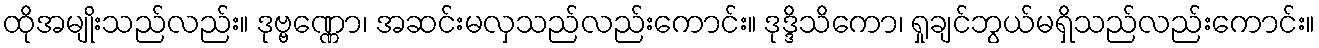
ထိုအမျိုးသည်လည်း။ ဒုဗ္ဗဏ္ဏော၊ အဆင်းမလှသည်လည်းကောင်း။ ဒုဒ္ဒိသိကော၊ ရှုချင်ဘွယ်မရှိသည်လည်းကောင်း။